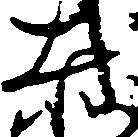
赤